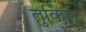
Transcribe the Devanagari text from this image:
तुर्किए